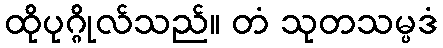
ထိုပုဂ္ဂိုလ်သည်။ တံ သုတသမ္ပဒံ